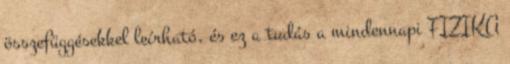
összefüggésekkel leírható, és ez a tudás a mindennapi FIZIKA